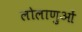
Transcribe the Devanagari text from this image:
लोलाणुओं